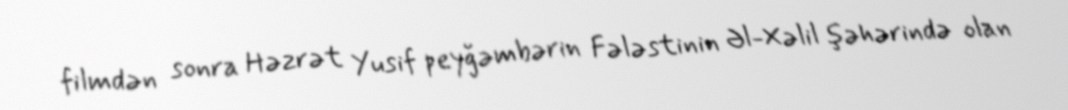
filmdən sonra Həzrət Yusif peyğəmbərin Fələstinin Əl-Xəlil şəhərində olan